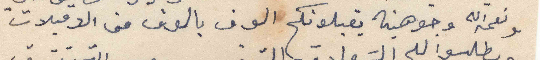
ونعمه الله وجوهينه يقبلونكم الوف بالوف من الاقبلات